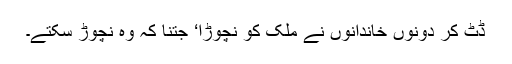
ڈٹ کر دونوں خاندانوں نے ملک کو نچوڑا‘ جتنا کہ وہ نچوڑ سکتے۔